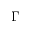
\Gamma